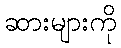
ဆားများကို